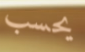
يحسب